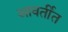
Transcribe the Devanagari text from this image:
आवर्तीत